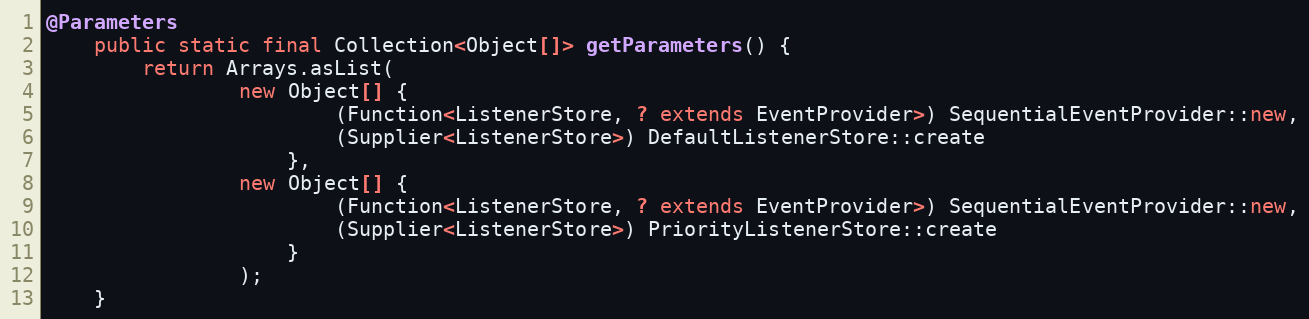
Language: Java
@Parameters
    public static final Collection<Object[]> getParameters() {
        return Arrays.asList(
                new Object[] {
                        (Function<ListenerStore, ? extends EventProvider>) SequentialEventProvider::new,
                        (Supplier<ListenerStore>) DefaultListenerStore::create
                    },
                new Object[] {
                        (Function<ListenerStore, ? extends EventProvider>) SequentialEventProvider::new,
                        (Supplier<ListenerStore>) PriorityListenerStore::create
                    }
                );
    }